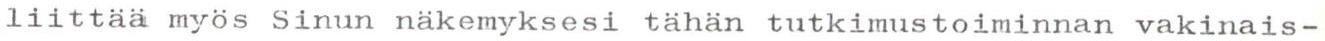
liittää myös Sinun näkemyksesi tähän tutkimustoiminnan vakinais-